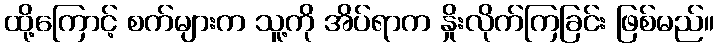
ထို့ကြောင့် စက်များက သူ့ကို အိပ်ရာက နှိုးလိုက်ကြခြင်း ဖြစ်မည်။